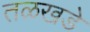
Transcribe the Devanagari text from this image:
तळखडे